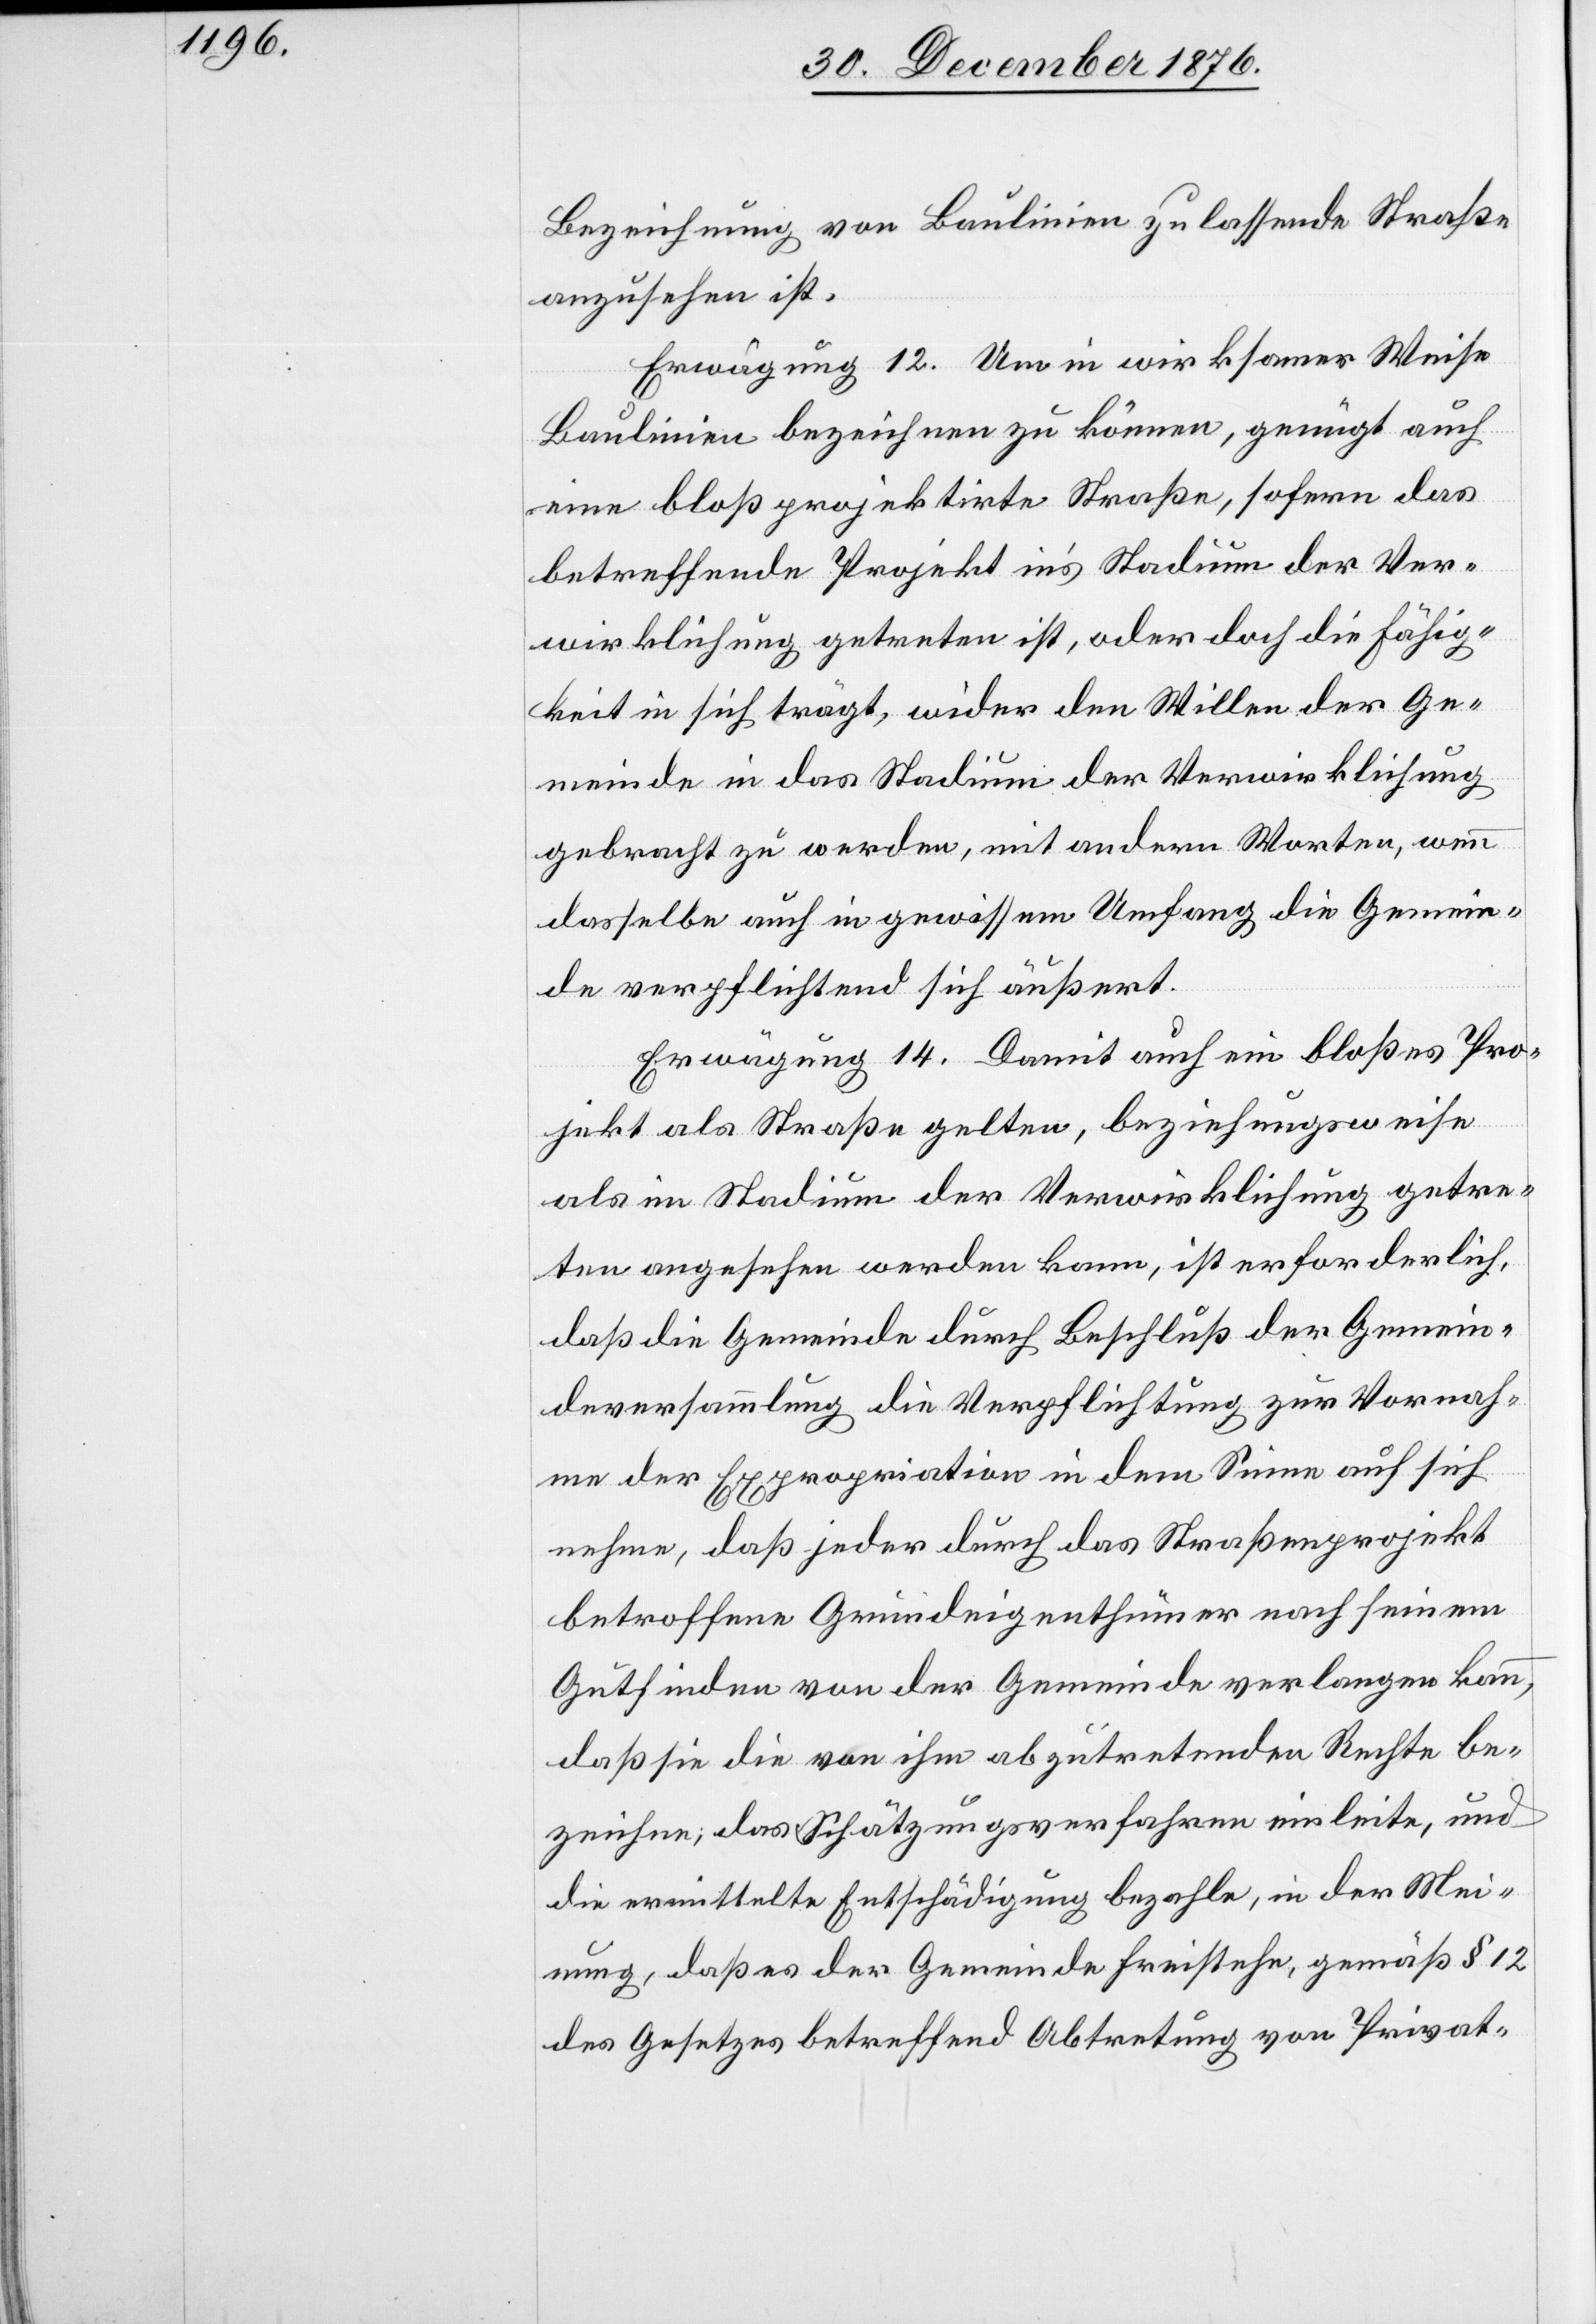
Bezeichnung von Baulinien zulassende Straße
anzusehen ist.
Erwägung 12. Um in wirksamer Weise
Baulinien bezeichnen zu können, genügt auch
eine bloß projektirte Straße, sofern das
betreffende Projekt in’s Stadium der Ver¬
wirklichung getreten ist, oder doch die Fähig¬
keit in sich trägt, wider den Willen der Ge¬
meinde in das Stadium der Verwirklichung
gebracht zu werden, mit andern Worten, wenn
dasselbe auch in gewissem Umfang die Gemein¬
de verpflichtend sich äußert.
Erwägung 14. Damit auch ein bloßes Pro¬
jekt als Straße gelten, beziehungsweise
ins] Stadium der Verwirklichung getre¬
ten angesehen werden kann, ist erforderlich,
daß die Gemeinde durch Beschluß der Gemein¬
deversammlung die Verpflichtung zur Vornah¬
me der Expropriation in dem Sinne auf sich
nehme, daß jeder durch das Straßenprojekt
betroffene Grundeigenthümer nach seinem
Gutfinden von der Gemeinde verlangen kann,
daß sie die von ihm abzutretenden Rechte be¬
zeichnen, das Schätzungsverfahren einleite, und
die ermittelte Entschädigung bezahle, in der Mei¬
nung, daß es der Gemeinde freistehe, gemäß § 12
des Gesetzes betreffend Abtretung von Privat-